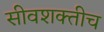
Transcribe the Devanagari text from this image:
सीवशक्तीच